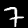
Digit: 7